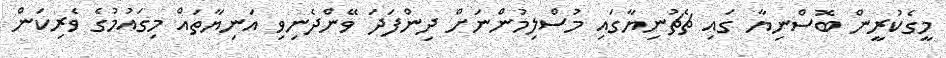
މީގެކުރީން ބޮސްނިޔާ ގައި ޗެޗުނިޔާގައި މުސްލިމުންނަށް ދިންފަދަ ވޭންދެނިވި އަނިޔާތައް މިގައުމުގެ ވެރިކަން